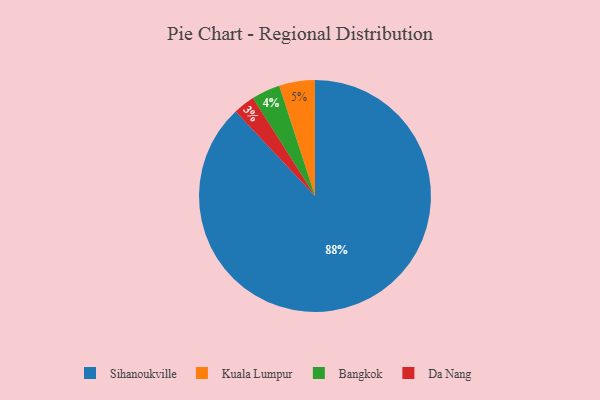
{"axis": {"x": "Category", "y": "Percentage"}, "legend": ["Bangkok", "Da Nang", "Kuala Lumpur", "Sihanoukville"], "data": [{"x": "Kuala Lumpur", "y": 5, "type": "Kuala Lumpur"}, {"x": "Sihanoukville", "y": 88, "type": "Sihanoukville"}, {"x": "Da Nang", "y": 3, "type": "Da Nang"}, {"x": "Bangkok", "y": 4, "type": "Bangkok"}]}